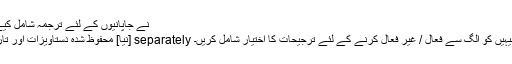
[Mod] نے جاپانیوں کے لئے ترجمہ شامل کیے
[نیا] محفوظ شدہ دستاویزات اور تاریخ کے ل separately فلوٹنگ شبیہیں کو الگ سے فعال / غیر فعال کرنے کے لئے ترجیحات کا اختیار شامل کریں۔